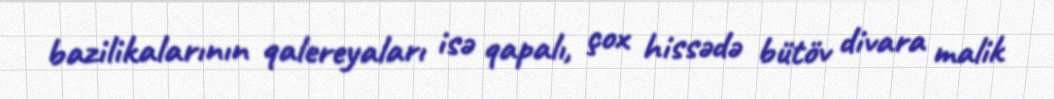
bazilikalarının qalereyaları isə qapalı, çox hissədə bütöv divara malik